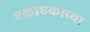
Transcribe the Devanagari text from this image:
एकाएकाच्या